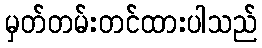
မှတ်တမ်းတင်ထားပါသည်